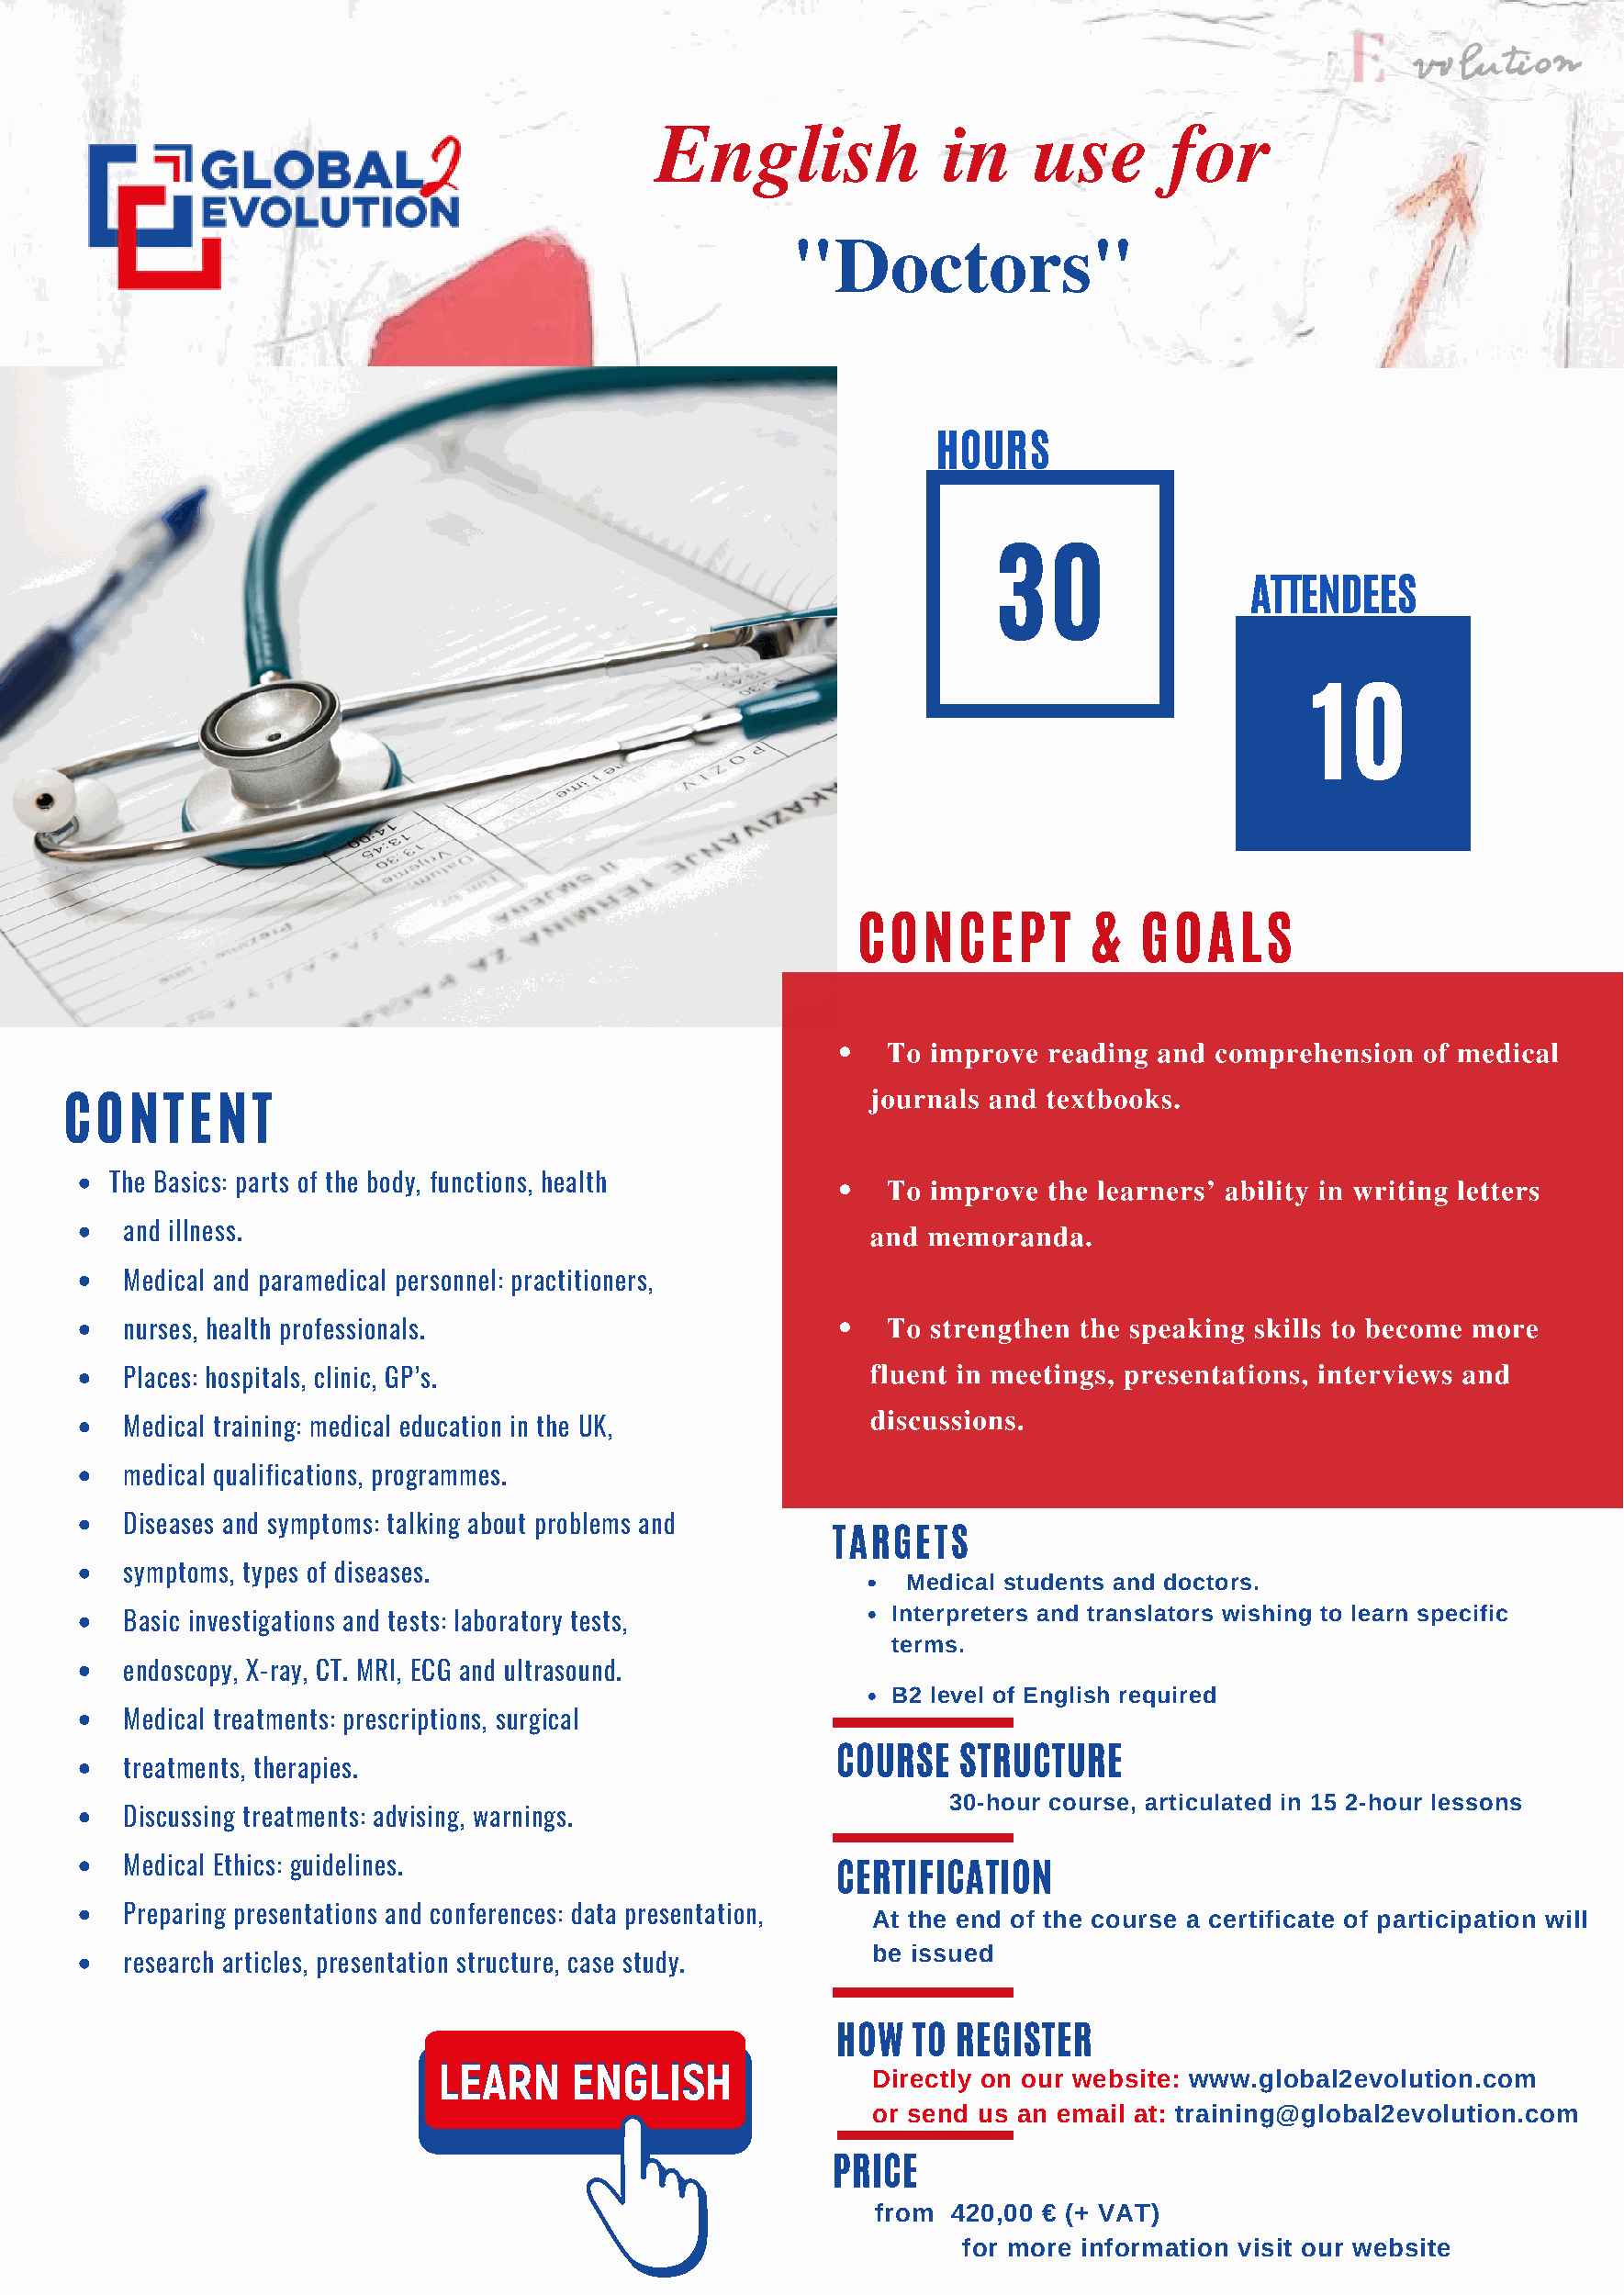
English              in     use      for
 "Doctors"
 HOURS
 30
 ATTENDEES
 10
 CONCEPT          &  GOALS
 To improve  reading and comprehension  of medical
 journals and textbooks.
 CONTENT
 The Basics: parts of the body, functions, health        To improve  the learners’ ability in writing letters
 and illness.                                          and memoranda.
 Medical and paramedical personnel: practitioners,
 To strengthen the speaking skills to become more
 nurses, health professionals.
 fluent in meetings, presentations, interviews and
 Places: hospitals, clinic, GP’s.
 discussions.
 Medical training: medical education in the UK,
 medical qualifications, programmes.
 Diseases and symptoms: talking about problems and
 TARGETS
 symptoms, types of diseases.
 Medical students and doctors.
 Interpreters and translators wishing to learn specific
 Basic investigations and tests: laboratory tests,
 terms.
 endoscopy, X-ray, CT. MRI, ECG and ultrasound.
 B2 level of English required
 Medical treatments: prescriptions, surgical
 COURSE   STRUCTURE
 treatments, therapies.
 30-hour course, articulated in 15 2-hour lessons
 Discussing treatments: advising, warnings.
 Medical Ethics: guidelines.
 CERTIFICATION
 Preparing presentations and conferences: data presentation, At the end of the course a certificate of participation will
 be issued
 research articles, presentation structure, case study.
 HOW   TO REGISTER
 Directly on our website: www.global2evolution.com
 or send us an email at: training@global2evolution.com
 PRICE
 from  420,00 € (+ VAT)
 for more information visit our website